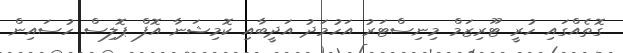
ގޮތެއްގައި ހުރީ ޓޫރިޒަމް މިނިސްޓަރު އަހުމަދު އަދީބާއި ކޮމިޝަނާ އޮފް ޕޮލިސް ހުސައިން